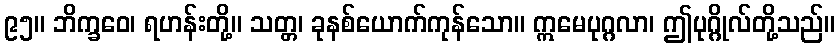
၉၅။ ဘိက္ခဝေ၊ ရဟန်းတို့။ သတ္တ၊ ခုနစ်ယောက်ကုန်သော။ ဣမေပုဂ္ဂလာ၊ ဤပုဂ္ဂိုလ်တို့သည်။